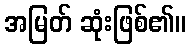
အမြတ် ဆုံးဖြစ်၏။